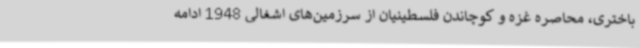
باختری، محاصره غزه و کوچاندن فلسطینیان از سرزمین‌های اشغالی 1948 ادامه